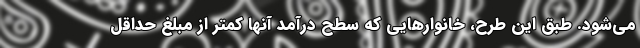
می‌شود. طبق این طرح، خانوارهایی که سطح درآمد آنها کمتر از مبلغ حداقل